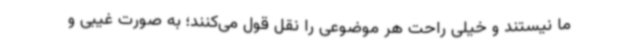
ما نیستند و خیلی راحت هر موضوعی را نقل قول می‌کنند؛ به صورت غیبی و